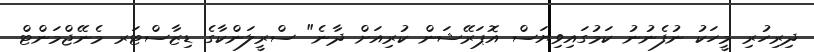
ދިރިހުރި މީހަކު ނުފެނުނު ކަމުގައިވިޔަސް އޮޕަރޭޝަން ކުރިއަށް ދާނެ" ސްރީލަންކާގެ ޑިޒާސްޓަރ މެނޭޖްމަންޓް